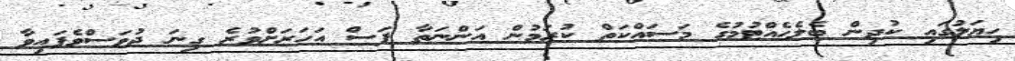
ހިޔަލުގައި ކުދިން ބެލެހެއްޓުމުގެ މަސައްކަތް ކުރަމުން އަންނަތާ ފަސް އަހަރަށްވުރެ ގިނަ ދުވަސްވެފައިވާ